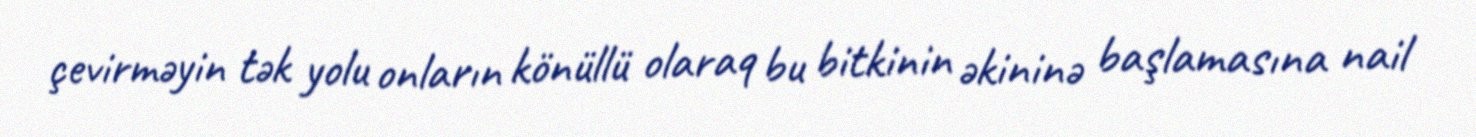
çevirməyin tək yolu onların könüllü olaraq bu bitkinin əkininə başlamasına nail